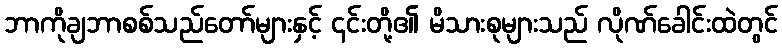
ဘာကိုချဘာစစ်သည်တော်များနှင့် ၄င်းတို့၏ မိသားစုများသည် လိုဏ်ခေါင်းထဲတွင်